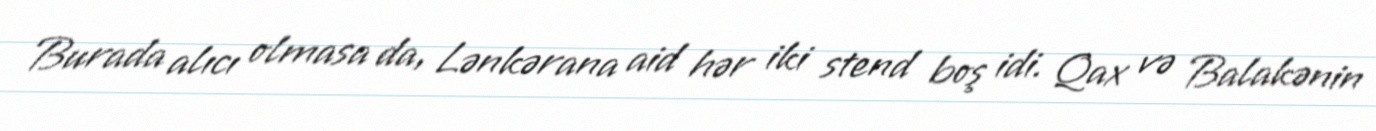
Burada alıcı olmasa da, Lənkərana aid hər iki stend boş idi. Qax və Balakənin